Calcutta medical institutions reports 1892-1900
Year: 1892
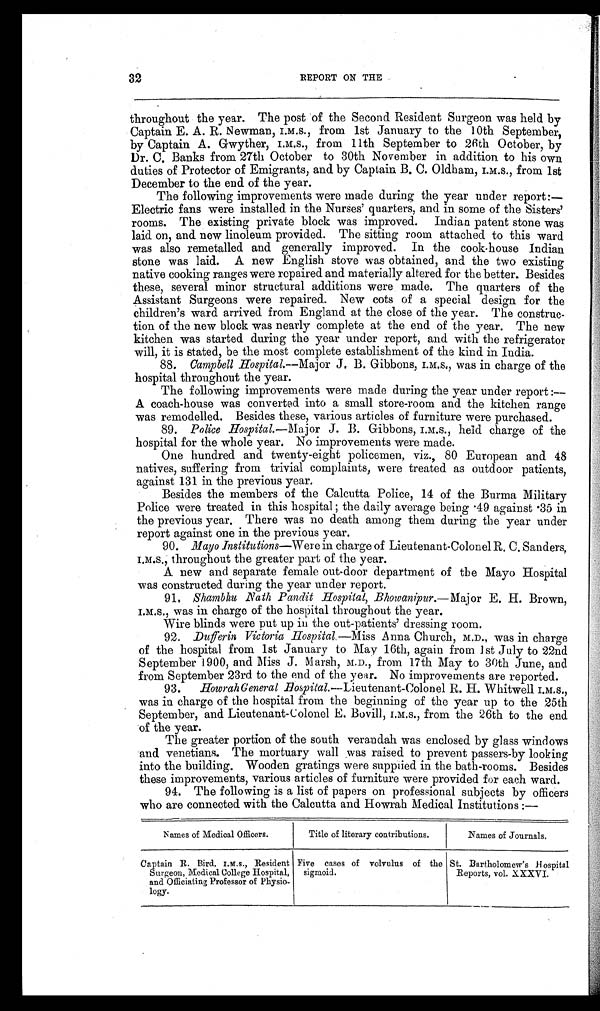
32
REPORT ON THE
throughout the year. The post of the Second Resident Surgeon was held by
Captain E. A. R. Newman, I.M.S., from 1st January to the 10th September,
by Captain A. Gwyther, I.M.S., from 11th September to 26th October, by
Dr. C. Banks from 27th October to 30th November in addition to his own
duties of Protector of Emigrants, and by Captain B. C. Oldham, I.M.S., from 1st
December to the end of the year.
The following improvements were made during the year under report :—
Electric fans were installed in the Nurses' quarters, and in some of the Sisters'
rooms. The existing private block was improved. Indian patent stone was
laid on, and new linoleum provided. The sitting room attached to this ward
was also remetalled and generally improved. In the cook-house Indian
stone was laid. A new English stove was obtained, and the two existing
native cooking ranges were repaired and materially altered for the better. Besides
these, several minor structural additions were made. The quarters of the
Assistant Surgeons were repaired. New cots of a special design for the
children's ward arrived from England at the close of the year. The construc-
tion of the new block was nearly complete at the end of the year. The new
kitchen was started during the year under report, and with the refrigerator
will, it is stated, be the most complete establishment of the kind in India.
88. Campbell Hospital.— Major J. B. Gibbons, I.M.S., was in charge of the
hospital throughout the year.
The following improvements were made during the year under report :—
A coach-house was converted into a small store-room and the kitchen range
was remodelled. Besides these, various articles of furniture were purchased.
89. Police Hospital.— Major J. B. Gibbons, I.M.S., held charge of the
hospital for the whole year. No improvements were made.
One hundred and twenty-eight policemen, viz., 80 European and 48
natives, suffering from trivial complaints, were treated as outdoor patients,
against 131 in the previous year.
Besides the members of the Calcutta Police, 14 of the Burma Military
Police were treated in this hospital; the daily average being .49 against .35 in
the previous year. There was no death among them during the year under
report against one in the previous year.
90. Mayo Institutions—Were in charge of Lieutenant-Colonel R. C. Sanders,
I.M.S., throughout the greater part of the year.
A new and separate female out-door department of the Mayo Hospital
was constructed during the year under report.
91. Shambhu Nath Pandit Hospital, Bhowanipur.— Major E. H. Brown,
I.M.S., was in charge of the hospital throughout the year.
Wire blinds were put up in the out-patients' dressing room.
92. Dufferin Victoria Hospital.—Miss Anna Church, M.D., was in charge
of the hospital from 1st January to May 16th, again from 1st July to 22nd
September 1900, and Miss J. Marsh, M.D., from 17th May to 30th June, and
from September 23rd to the end of the year. No improvements are reported.
93. HowrahGeneral Hospital.— Lieutenant-Colonel R. H. Whitwell I.M.S.,
was in charge of the hospital from the beginning of the year up to the 25th
September, and Lieutenant-Colonel E. Bovill, I.M.S., from the 26th to the end
of the year.
The greater portion of the south verandah was enclosed by glass windows
and venetians. The mortuary wall was raised to prevent passers-by looking
into the building. Wooden gratings were supplied in the bath-rooms. Besides
these improvements, various articles of furniture were provided for each ward.
94. The following is a list of papers on professional subjects by officers
who are connected with the Calcutta and Howrah Medical Institutions :—
Names of Medical Officers.
Title of literary contributions.
Names of Journals.
Captain R. Bird, I.M.S., Resident
Surgeon, Medical College Hospital,
a n d O f f i c i a t i n g P r o f e s s o r o f P h y s i o - l o g y .
Five cases of volvulus of the
sigmoid.
St. Bartholomew's Hospital
Reports, vol. XXXVI.